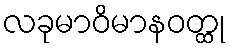
လခုမာဝိမာနဝတ္ထု